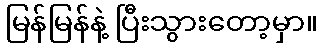
မြန်မြန်နဲ့ ပြီးသွားတော့မှာ။